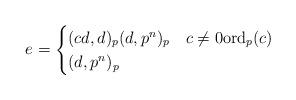
LaTeX: \begin{align*} e = \begin{cases} (cd,d)_p(d,p^n)_p & c \neq 0 \mathrm{ord}_p(c) \\ (d,p^n)_p & \end{cases} \end{align*}